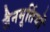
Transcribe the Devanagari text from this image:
जैनमूर्तियों